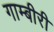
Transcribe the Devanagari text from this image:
गाम्बीरी